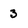
Character: 3